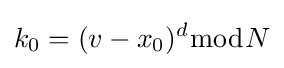
k_{0}=(v-x_{0})^{d}{\bmod {N}}